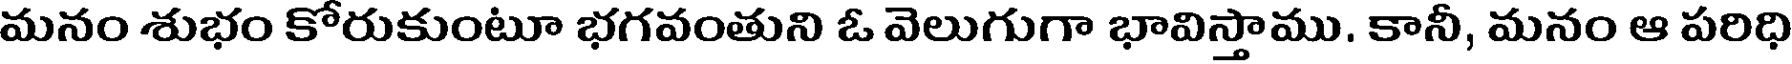
మనం శుభం కోరుకుంటూ భగవంతుని ఓ వెలుగుగా భావిస్తాము, కానీ, మనం ఆ పరిధి